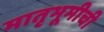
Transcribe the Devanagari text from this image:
मातृभूमीची